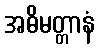
အဓိမတ္တာနံ